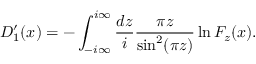
D _ { 1 } ^ { \prime } ( x ) = - \int _ { - i \infty } ^ { i \infty } \frac { d z } { i } \frac { \pi z } { \sin ^ { 2 } ( \pi z ) } \ln F _ { z } ( x ) .